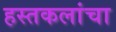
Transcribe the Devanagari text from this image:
हस्तकलांचा